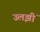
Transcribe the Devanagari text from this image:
उलझीं